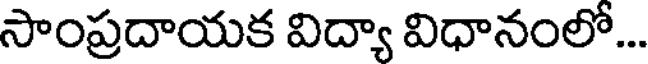
సాంప్రదాయక విద్యా విధానంలో...